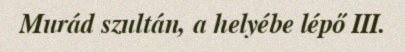
Murád szultán, a helyébe lépő III.